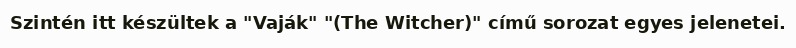
Szintén itt készültek a "Vaják" "(The Witcher)" című sorozat egyes jelenetei.